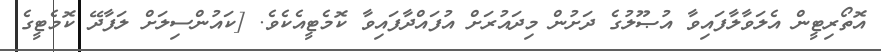
އޮތޯރިޓީން އެލަވާލާފައިވާ އުޞޫލުގެ ދަށުން މިދައުރަށް އުފައްދާފައިވާ ކޮމެޓީއެކެވެ. [ކައުންސިލަށް ލަފާދޭ ކޮމެޓީގެ